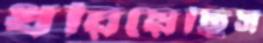
ধরিয়েছিস